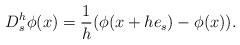
LaTeX: \begin{align*}D_s^h \phi (x)=\frac{1}{h}(\phi(x+h e_s)-\phi(x)).\end{align*}